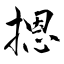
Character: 摁